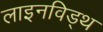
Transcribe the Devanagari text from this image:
लाइनविड्थ